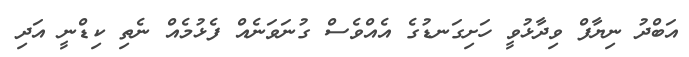
އަބްދު ނިޔާފް ވިދާޅުވީ ހަށިގަނޑުގެ އެއްވެސް ގުނަވަނެއް ފެޅުމެއް ނެތި ކިޑްނީ އަދި